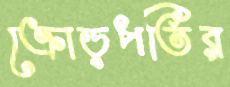
ক্রোড়পতির